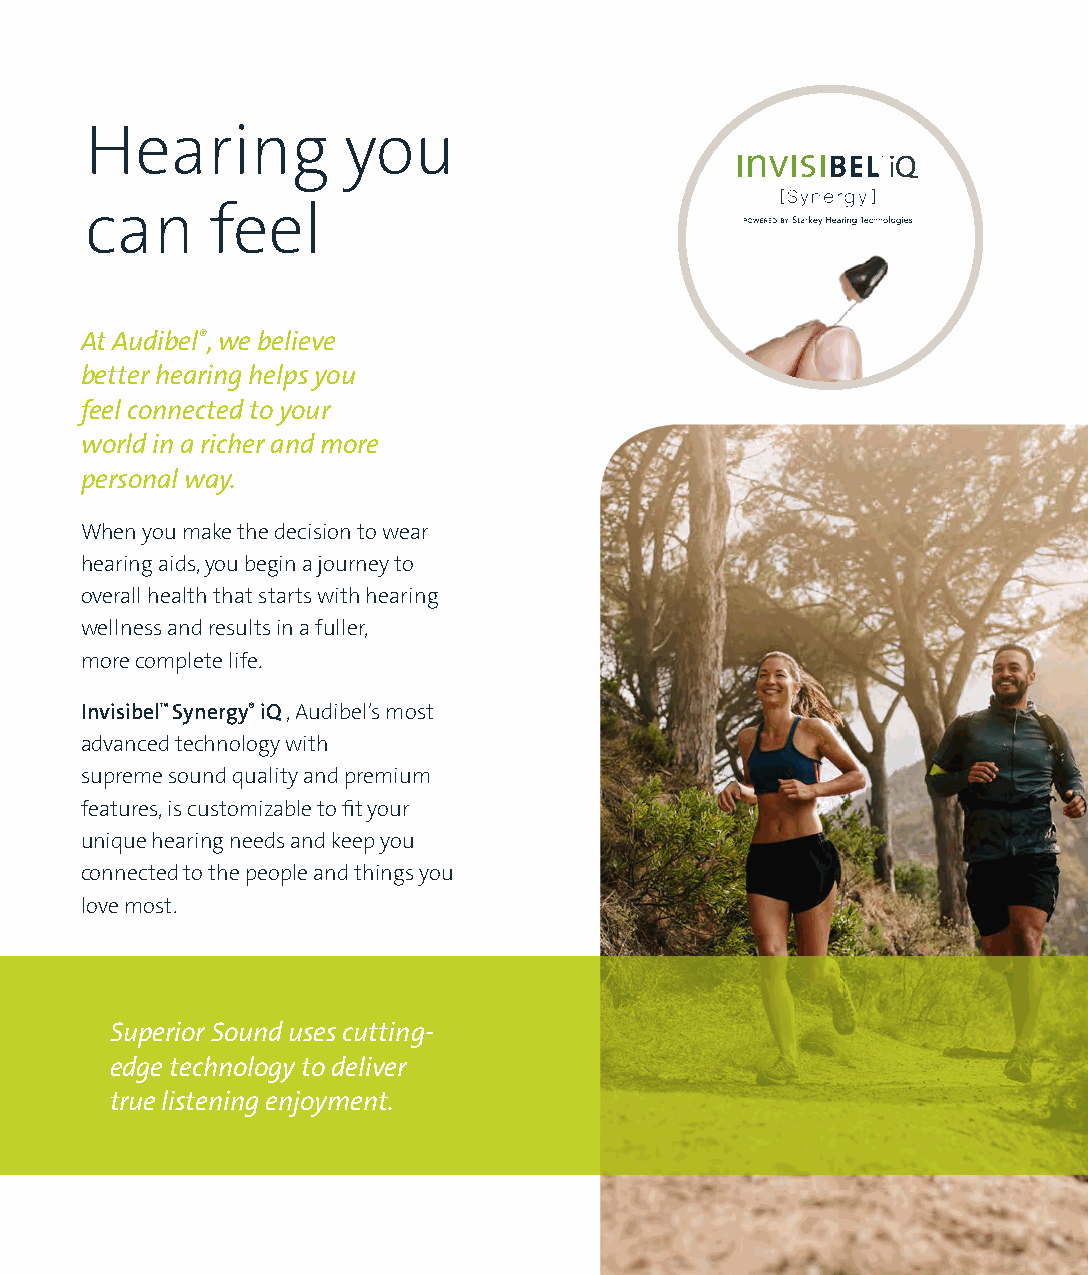
Hearing          you
 can     feel
 At Audibel®, we believe
 better hearing helps you
 feel connected to your
 world in a richer and more
 personal way.
 When you make the decision to wear
 hearing aids, you begin a journey to
 overall health that starts with hearing
 wellness and results in a fuller,
 more complete life.
 Invisibel™ Synergy® iQ , Audibel’s most
 advanced technology with
 supreme sound quality and premium
 features, is customizable to fit your
 unique hearing needs and keep you
 connected to the people and things you
 love most.
 Superior Sound uses cutting-
 edge technology to deliver
 true listening enjoyment.